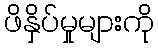
ဖိနှိပ်မှုများကို